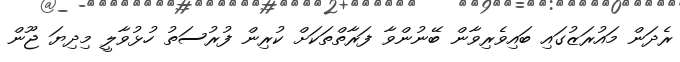
ރެދަން މައުރަޒުގައި ބައިވެރިވާން ބޭނުންވާ ފަރާތްތަކަށް ކުރިން ފުރުސަތު ހުޅުވާލީ މިދިޔަ ޖޫން